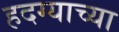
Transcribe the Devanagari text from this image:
हदग्याच्या